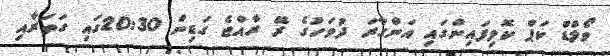
ވޯލްޑް ކަޕް ކޮލިފައިންގައި އަންގާރަ ދުވަހުގެ ރޭ ރާއްޖެ ގަޑިން 20:30ގައި ގަތަރާއި